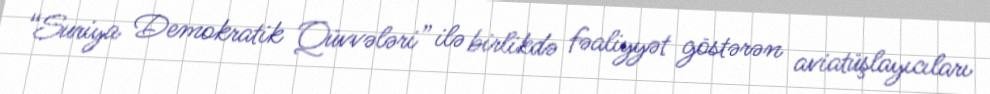
“Suriya Demokratik Qüvvələri” ilə birlikdə fəaliyyət göstərən aviatüşlayıcıları